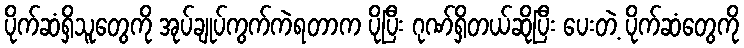
ပိုက်ဆံရှိသူတွေကို အုပ်ချုပ်ကွက်ကဲရတာက ပိုပြီး ဂုဏ်ရှိတယ်ဆိုပြီး ပေးတဲ့ ပိုက်ဆံတွေကို